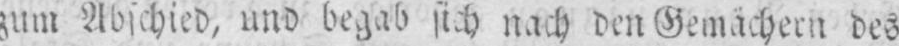
zum Abschied, und begab sich nach den Gemächern des